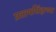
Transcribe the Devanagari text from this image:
प्रतापसिंहाच्या